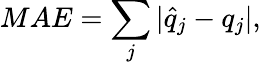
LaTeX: MAE=\sum_{j}|\hat{q}_{j}-q_{j}|,